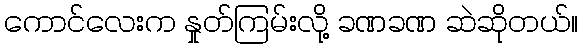
ကောင်လေးက နှုတ်ကြမ်းလို့ ခဏခဏ ဆဲဆိုတယ်။